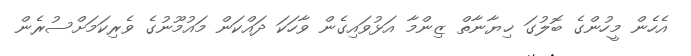
އެހެން މީހުންގެ ބޮލުގަ ޚިޔާނާތް ޒިންމާ އަޅުވައިގެން ވާހަކަ ދައްކަން މައުމޫނުގެ ވެރިކަމަށްސުރެން